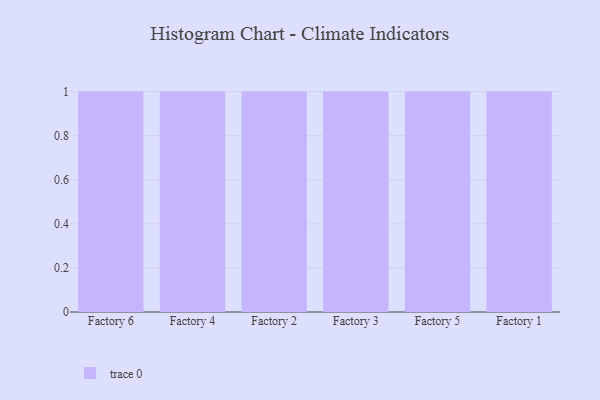
{"axis": {"x": "Factory", "y": "Active Users"}, "legend": [""], "data": [{"x": "Factory 6", "y": 48, "type": ""}, {"x": "Factory 4", "y": 17, "type": ""}, {"x": "Factory 2", "y": 54, "type": ""}, {"x": "Factory 3", "y": 7, "type": ""}, {"x": "Factory 5", "y": 64, "type": ""}, {"x": "Factory 1", "y": 41, "type": ""}]}